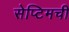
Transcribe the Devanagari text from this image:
सेप्टिमची